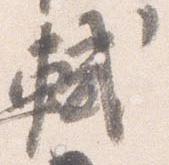
軾